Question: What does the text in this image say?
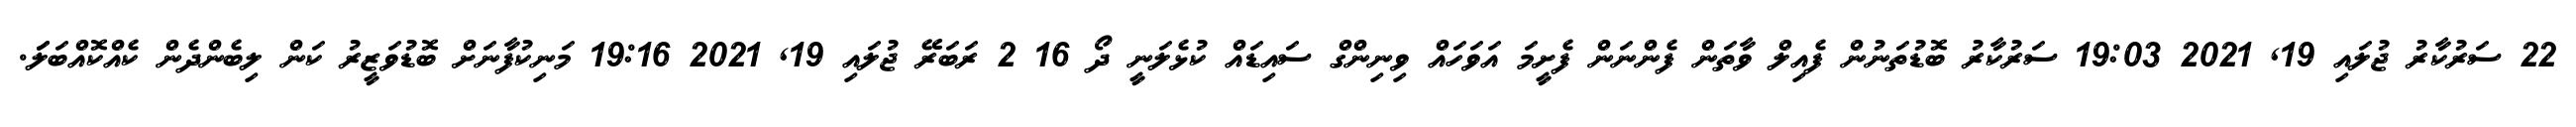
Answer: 22 ސަރުކާރު ޖުލައި 19, 2021 19:03 ސަރުކާރު ބޮޑުތަނުން ފެއިލް ވާތަން ފެންނަން ފެށީމަ އަވަހައް ވިނިންގް ސައިޑައް ކުޅެލަނީ ދޯ 16 2 ރަބަރޭ ޖުލައި 19, 2021 19:16 މަނިކުފާނަށް ބޮޑުވަޒީރު ކަން ލިބެންދެން ކެއްކޮއްބަލަަ.